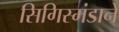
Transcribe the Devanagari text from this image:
सिगिस्मंडाने